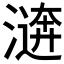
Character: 𣽑